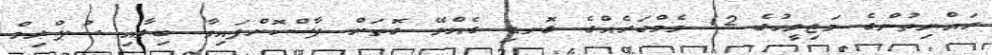
ރައްޔިތުންގެ މަޖިލީހުގެ 12 މެމްބަރެއްގެ ގޮނޑި ގެއްލޭ ގޮތަށް ފާސްކޮށްފައިވާ ބިލާއި ސުޕްރިމް